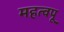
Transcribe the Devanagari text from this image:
महत्वपू